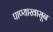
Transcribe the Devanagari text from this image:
पाण्याखासून